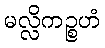
မလ္လိကဉ္စဟံ